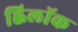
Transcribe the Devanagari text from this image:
ह्विलॉक